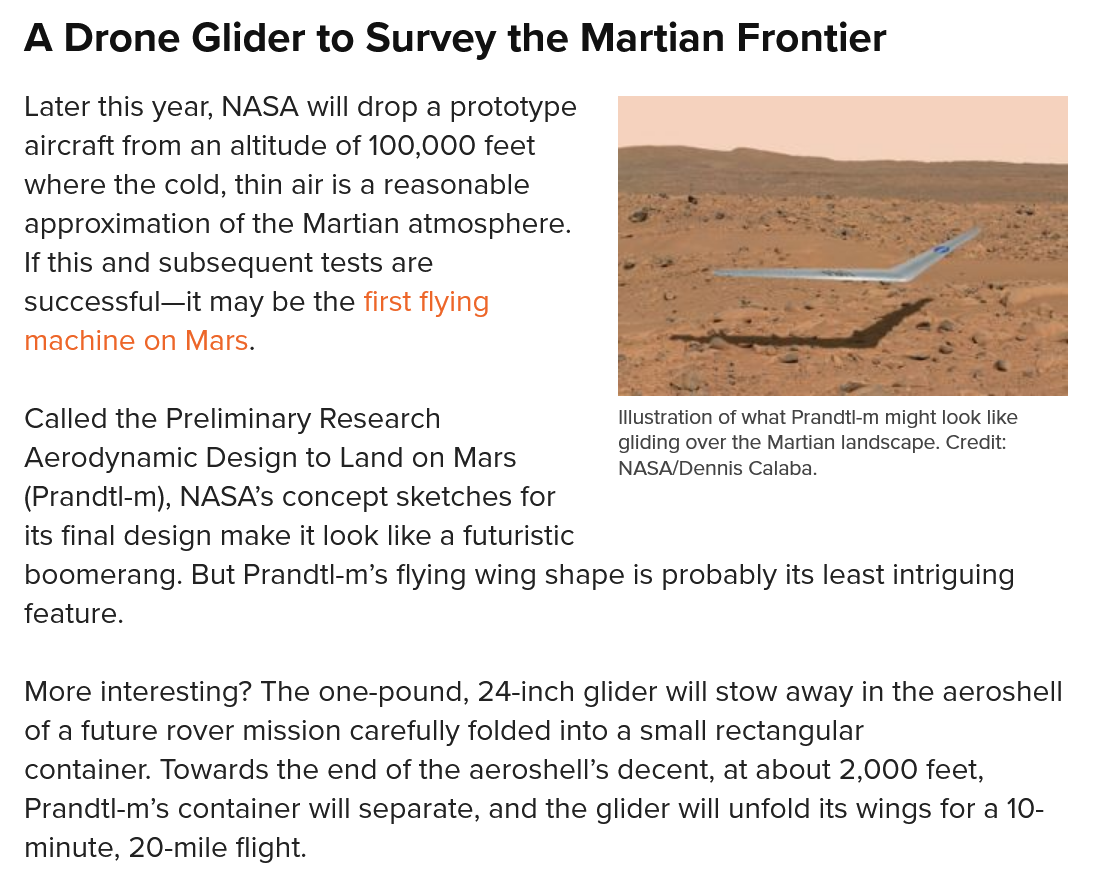
Illustration of what Prandtl-m might look like
     gliding over the Martian landscape. Credit:
     NASA/Dennis Calaba.
  A  Drone    Glider  to  Survey   the   Martian   Frontier
  Later this year, NASA will drop a prototype
  aircraft from an altitude of 100,000 feet
  where the cold, thin air is a reasonable
  approximation of the Martian atmosphere.
  If this and subsequent tests are
  successful—it may be the first flying
  machine on Mars.
  Called the Preliminary Research    Illustration of what Prandtl-m might look like
  Aerodynamic  Design to Land on Mars    ovens over the Mention
     landscape. Creal:
  (Prandtl-m), NASA's concept sketches for
  its final design make it look like a futuristic
  boomerang. But Prandtl-m’s flying wing shape is probably its least intriguing
  feature.
  More interesting? The one-pound, 24-inch glider will stow away in the aeroshell
  of a future rover mission carefully folded into a small rectangular
  container. Towards the end of the aeroshell’s decent, at about 2,000 feet,
  Prandtl-m’s container will separate, and the glider will unfold its wings for a 10-
  minute, 20-mile flight.